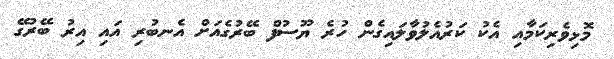
މޮޅިވެރިކަމާއި އެކު ކަރުއެލުވާލައިގެން ހުރެ ޔޫސުފް ބޭރުގެއަށް އެނބުރި އައި އިރު ބޭރުގޭ